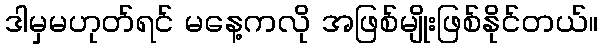
ဒါမှမဟုတ်ရင် မနေ့ကလို အဖြစ်မျိုးဖြစ်နိုင်တယ်။